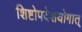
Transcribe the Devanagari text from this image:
शिष्टोपदेशयोगात्